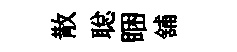
散聪睏舖